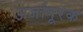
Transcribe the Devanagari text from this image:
ऊर्जापूरक